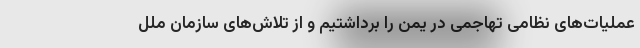
عملیات‌های نظامی تهاجمی در یمن را برداشتیم و از تلاش‌های سازمان ملل